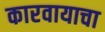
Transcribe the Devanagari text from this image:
कारवायाचा